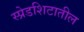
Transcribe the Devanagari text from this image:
स्प्रेडशिटातील